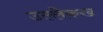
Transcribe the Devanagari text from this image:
उल्लेकख